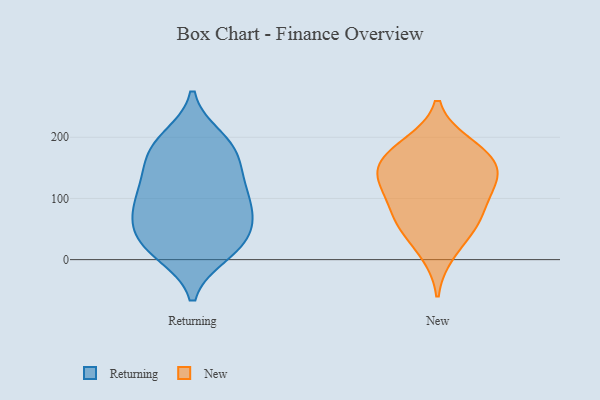
{"axis": {"x": "Customer Acquisition Cost (USD)", "y": "Value"}, "legend": ["New", "Returning"], "data": [{"x": "", "y": 18, "type": "Returning"}, {"x": "", "y": 51, "type": "Returning"}, {"x": "", "y": 134, "type": "Returning"}, {"x": "", "y": 98, "type": "Returning"}, {"x": "", "y": 179, "type": "Returning"}, {"x": "", "y": 14, "type": "Returning"}, {"x": "", "y": 198, "type": "Returning"}, {"x": "", "y": 85, "type": "Returning"}, {"x": "", "y": 122, "type": "Returning"}, {"x": "", "y": 40, "type": "Returning"}, {"x": "", "y": 143, "type": "Returning"}, {"x": "", "y": 90, "type": "Returning"}, {"x": "", "y": 182, "type": "Returning"}, {"x": "", "y": 10, "type": "Returning"}, {"x": "", "y": 77, "type": "Returning"}, {"x": "", "y": 46, "type": "Returning"}, {"x": "", "y": 184, "type": "Returning"}, {"x": "", "y": 54, "type": "New"}, {"x": "", "y": 161, "type": "New"}, {"x": "", "y": 61, "type": "New"}, {"x": "", "y": 139, "type": "New"}, {"x": "", "y": 108, "type": "New"}, {"x": "", "y": 124, "type": "New"}, {"x": "", "y": 10, "type": "New"}, {"x": "", "y": 149, "type": "New"}, {"x": "", "y": 187, "type": "New"}, {"x": "", "y": 98, "type": "New"}, {"x": "", "y": 62, "type": "New"}, {"x": "", "y": 189, "type": "New"}, {"x": "", "y": 154, "type": "New"}]}